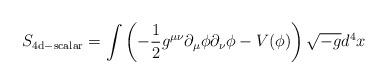
LaTeX: \begin{align*}S_{\rm 4d-scalar}=\int{\left(-{1 \over 2}g^{\mu \nu} \partial_{\mu} \phi \partial_{\nu} \phi-V(\phi)\right) \sqrt{-g}d^4x}\end{align*}